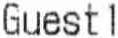
GUEST1